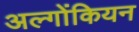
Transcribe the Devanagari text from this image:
अल्गोंकियन